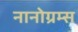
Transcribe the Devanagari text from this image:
नानोग्रम्स